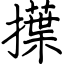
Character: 擛